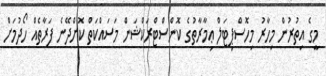
މީގެ އިތުރުން މިހާރު މިހޮސްޕިޓަލް ޢިމާރާތުގެ ކޮންސްޓްރަކްޝަން މަސައްކަތް ކޮށްދޭނެ ފަރާތެއް ހޯދުމަށް